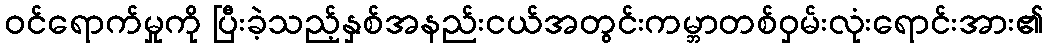
ဝင်ရောက်မှုကို ပြီးခဲ့သည့်နှစ်အနည်းငယ်အတွင်းကမ္ဘာတစ်ဝှမ်းလုံးရောင်းအား၏